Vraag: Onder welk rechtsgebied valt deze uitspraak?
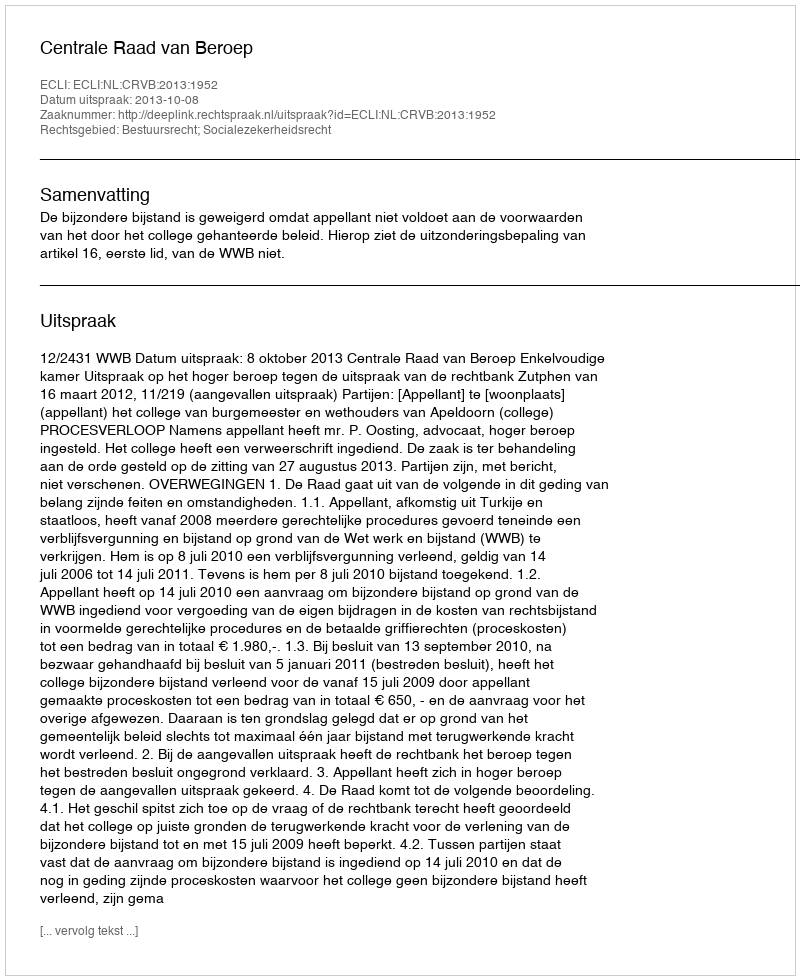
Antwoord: Bestuursrecht; Socialezekerheidsrecht